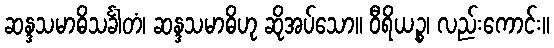
ဆန္ဒသမာဓိသင်္ခါတံ၊ ဆန္ဒသမာဓိဟု ဆိုအပ်သော။ ဝီရိယဉ္စ၊ လည်းကောင်း။